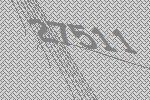
27511